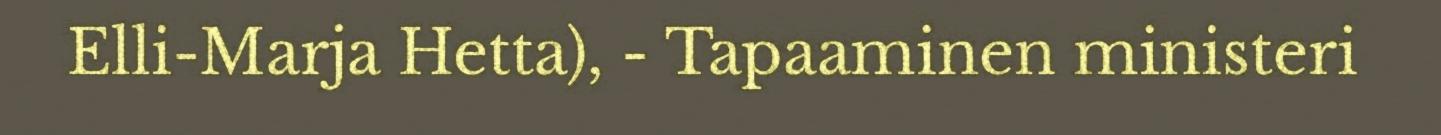
Elli-Marja Hetta), - Tapaaminen ministeri